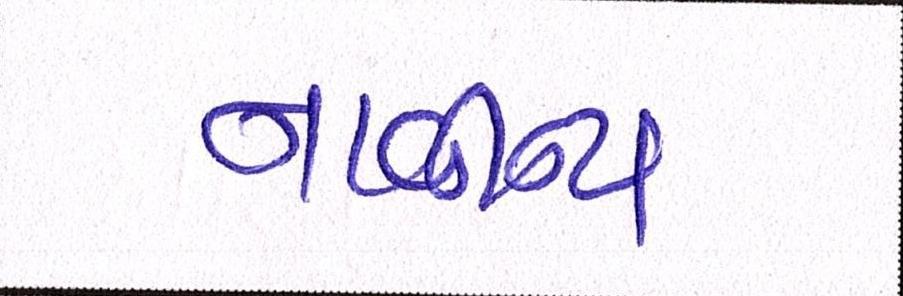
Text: નાવીન્ય